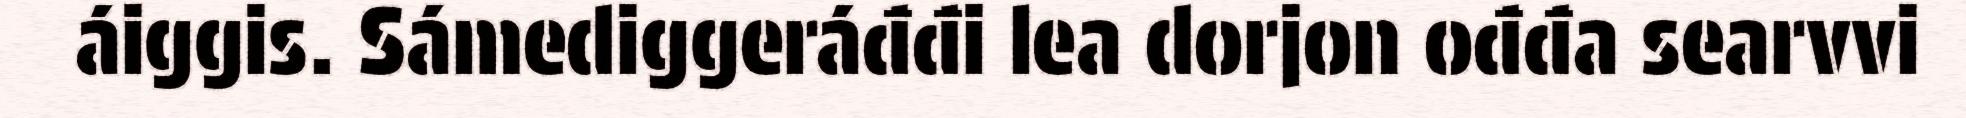
áiggis. Sámediggeráđđi lea dorjon ođđa searvvi